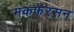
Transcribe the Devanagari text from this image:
मकफेरसन